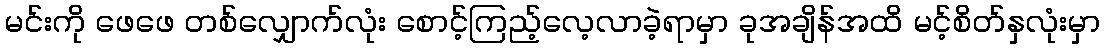
မင်းကို ဖေဖေ တစ်လျှောက်လုံး စောင့်ကြည့်လေ့လာခဲ့ရာမှာ ခုအချိန်အထိ မင့်စိတ်နှလုံးမှာ